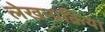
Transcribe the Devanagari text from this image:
लेखन्प्रक्रिया